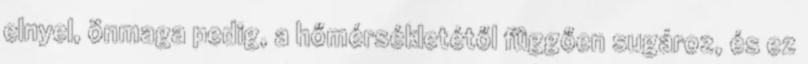
elnyel, önmaga pedig, a hőmérsékletétől függően sugároz, és ez